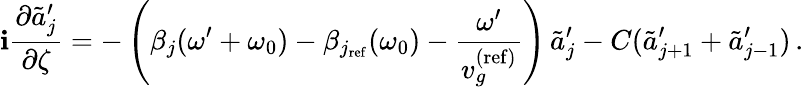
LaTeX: \mathbf{i}\frac{{\partial\tilde{{a}}_{j}^{\prime}}}{{\partial\zeta}}=-\left(\beta_{j}(\omega^{\prime}+\omega_{0})-\beta_{j_{\mathrm{{ref}}}}(\omega_{0})-\frac{{\omega^{\prime}}}{{v_{g}^{\mathrm{{(ref)}}}}}\right)\, \tilde{{a}}_{j}^{\prime}-C(\tilde{{a}}_{j+1}^{\prime}+\tilde{{a}}_{j-1}^{\prime})\, .